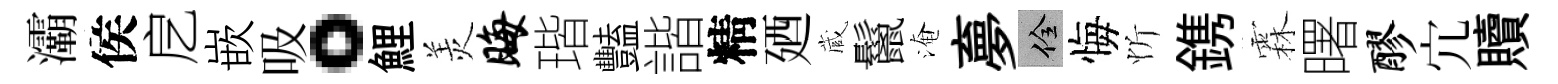
灞侯戹嵌吸。鯉羙晦瑎豔諧精廼蔵鬣淹夣佺悔忻鎸霖曙醪宂贖